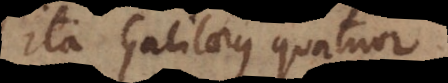
Ita Galilaeus quatuor